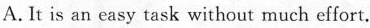
A. It is an easy task without much effort.